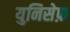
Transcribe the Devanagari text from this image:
युनिसेफ़